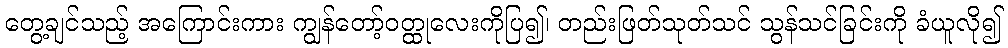
တွေ့ချင်သည့် အကြောင်းကား ကျွန်တော့်ဝတ္ထုလေးကိုပြ၍၊ တည်းဖြတ်သုတ်သင် သွန်သင်ခြင်းကို ခံယူလို၍